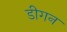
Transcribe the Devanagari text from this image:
डीगन